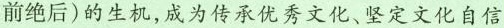
前绝后)的生机，成为传承优秀文化、坚定文化自信